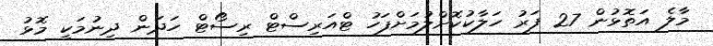
މާލެ އަތޮޅުން 27 ފަރު ހަލާކުކޮށްލުމަށްފަހު ޓްއަރިސްޓް ރިސޯޓް ހަދަން ދިނުމަކީ މޮޅު